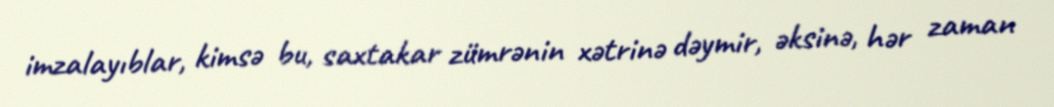
imzalayıblar, kimsə bu, saxtakar zümrənin xətrinə dəymir, əksinə, hər zaman